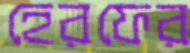
হেরফের